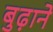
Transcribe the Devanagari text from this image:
बुढ़ाने